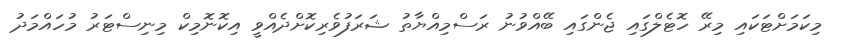
މިކަމަށްޓަކައި މިރޭ ހޮޓެލްގައި ޖެންގައި ބޭއްވުނު ރަސްމިއްޔާތު ޝަރަފުވެރިކޮށްދެއްވީ އިކޮނޮމިކް މިނިސްޓަރު މުހައްމަދު